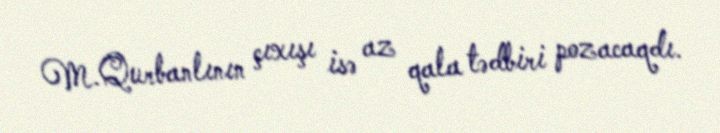
M.Qurbanlının çıxışı isə az qala tədbiri pozacaqdı.